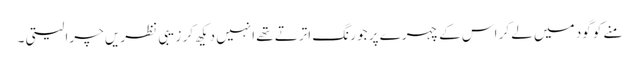
منے کو گود میں لے کر اس کے چہرے پر جو رنگ اترتے تھے انہیں دیکھ کر زیبی نظریں چرا لیتی ۔